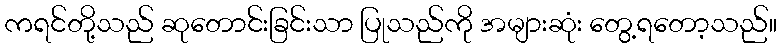
ကရင်တို့သည် ဆုတောင်းခြင်းသာ ပြုသည်ကို အများဆုံး တွေ့ရတော့သည်။